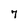
Character: 7